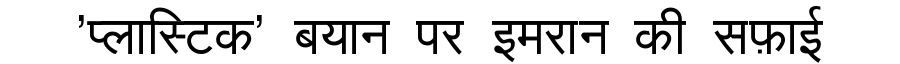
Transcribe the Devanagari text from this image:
'प्लास्टिक' बयान पर इमरान की सफ़ाई